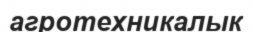
агротехникалык